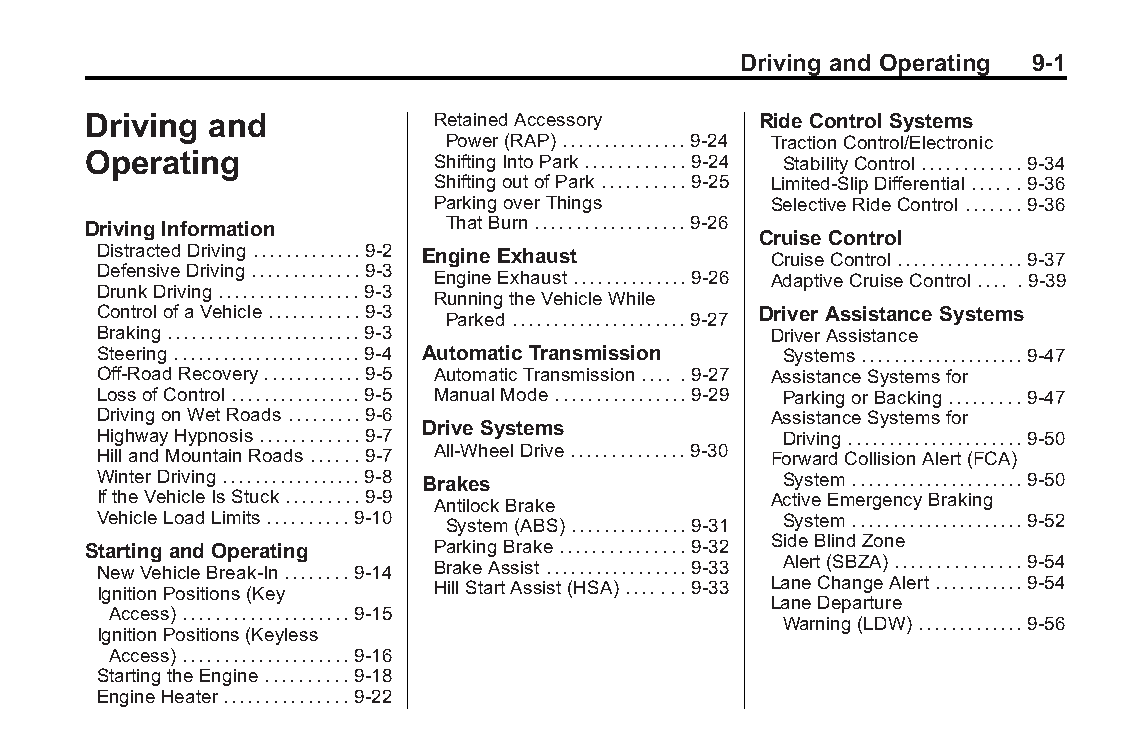
Buick LaCrosse Owner Manual (GMNA-Localizing-U.S./Canada/Mexico- Blackplate(1,1)
 6043609)-2014-2ndEdition-10/17/13
 Driving and Operating 9-1
 Driving  and           RetainedAccessory     Ride Control Systems
 Power(RAP)...............9-24 TractionControl/Electronic
 Operating              ShiftingIntoPark............9-24 StabilityControl............9-34
 ShiftingoutofPark..........9-25 Limited-SlipDifferential......9-36
 ParkingoverThings      SelectiveRideControl.......9-36
 Driving Information     ThatBurn..................9-26
 Cruise Control
 DistractedDriving.............9-2 Engine Exhaust CruiseControl...............9-37
 DefensiveDriving.............9-3
 EngineExhaust..............9-26 AdaptiveCruiseControl.... .9-39
 DrunkDriving.................9-3
 RunningtheVehicleWhile
 ControlofaVehicle...........9-3             Driver AssistanceSystems
 Parked.....................9-27
 Braking.......................9-3            DriverAssistance
 Steering.......................9-4 Automatic Transmission Systems....................9-47
 Off-RoadRecovery............9-5 AutomaticTransmission.... .9-27 AssistanceSystemsfor
 LossofControl................9-5 ManualMode................9-29 ParkingorBacking.........9-47
 DrivingonWetRoads.........9-6                AssistanceSystemsfor
 Drive Systems
 HighwayHypnosis............9-7                Driving.....................9-50
 HillandMountainRoads......9-7 All-WheelDrive..............9-30 ForwardCollisionAlert(FCA)
 WinterDriving.................9-8 Brakes      System.....................9-50
 IftheVehicleIsStuck.........9-9 AntilockBrake ActiveEmergencyBraking
 VehicleLoadLimits..........9-10 System(ABS)..............9-31 System.....................9-52
 Starting and Operating ParkingBrake...............9-32 SideBlindZone
 NewVehicleBreak-In........9-14 BrakeAssist.................9-33 Alert(SBZA)...............9-54
 IgnitionPositions(Key HillStartAssist(HSA).......9-33 LaneChangeAlert...........9-54
 LaneDeparture
 Access)....................9-15
 Warning(LDW).............9-56
 IgnitionPositions(Keyless
 Access)....................9-16
 StartingtheEngine..........9-18
 EngineHeater...............9-22